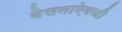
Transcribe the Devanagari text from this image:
बेसनाऐवजी